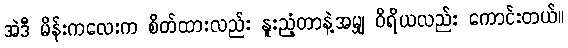
အဲဒီ မိန်းကလေးက စိတ်ထားလည်း နူးညံ့တာနဲ့အမျှ ဝိရိယလည်း ကောင်းတယ်။